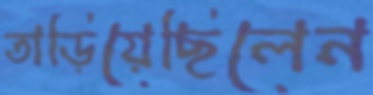
তাড়িয়েছিলেন